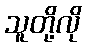
သူတို့လို